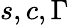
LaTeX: s,c,\Gamma